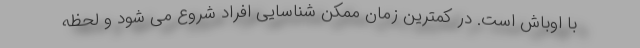
با اوباش است. در کمترین زمان ممکن شناسایی افراد شروع می شود و لحظه